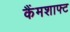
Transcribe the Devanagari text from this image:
कैंमशाफ्ट